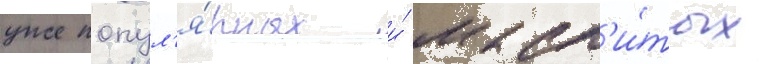
уже попул'я́рных и́ маст'и́тых